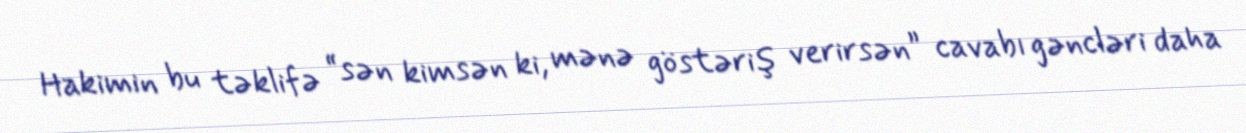
Hakimin bu təklifə “sən kimsən ki, mənə göstəriş verirsən” cavabı gəncləri daha